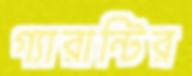
গ্যারান্টির